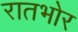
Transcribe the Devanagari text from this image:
रातभोर